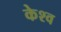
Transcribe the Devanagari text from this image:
केश्व